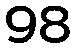
98